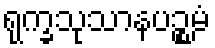
ရုက္ခသုသာနပဉ္စမံ